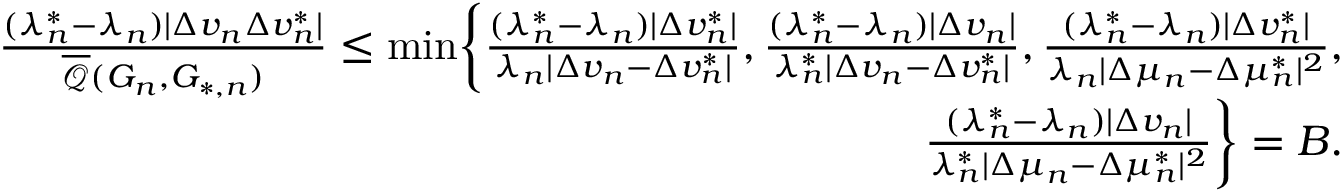
\begin{array} { r } { \frac { ( \lambda _ { n } ^ { * } - \lambda _ { n } ) | \Delta v _ { n } \Delta v _ { n } ^ { * } | } { \overline { { \mathcal { Q } } } ( G _ { n } , G _ { * , n } ) } \leq \operatorname* { m i n } \biggr \{ \frac { ( \lambda _ { n } ^ { * } - \lambda _ { n } ) | \Delta v _ { n } ^ { * } | } { \lambda _ { n } | \Delta v _ { n } - \Delta v _ { n } ^ { * } | } , \frac { ( \lambda _ { n } ^ { * } - \lambda _ { n } ) | \Delta v _ { n } | } { \lambda _ { n } ^ { * } | \Delta v _ { n } - \Delta v _ { n } ^ { * } | } , \frac { ( \lambda _ { n } ^ { * } - \lambda _ { n } ) | \Delta v _ { n } ^ { * } | } { \lambda _ { n } | \Delta \mu _ { n } - \Delta \mu _ { n } ^ { * } | ^ { 2 } } , } \\ { \frac { ( \lambda _ { n } ^ { * } - \lambda _ { n } ) | \Delta v _ { n } | } { \lambda _ { n } ^ { * } | \Delta \mu _ { n } - \Delta \mu _ { n } ^ { * } | ^ { 2 } } \biggr \} = B . } \end{array}